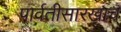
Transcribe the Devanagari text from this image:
पार्वतीसारखाच